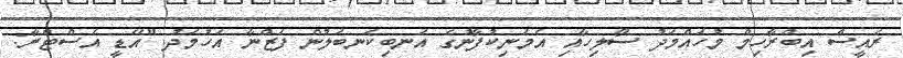
ރައީސް އިބްރާހިމް މުހައްމަދު ސޯލިހާއި އެމަނިކުފާނުގެ އަނބިކަނބަލުން ފަޒްނާ އަހުމަދު "އޭޑީ އެސްޓްރާ: